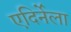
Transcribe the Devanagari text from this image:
एदिर्नेला